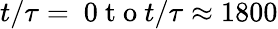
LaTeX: t/\tau=\mathrm{~0~t~o~}t/\tau\approx 1800